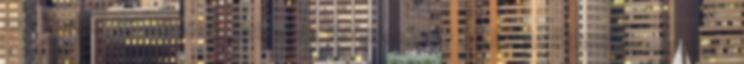
106 Szakképzési Minőségbiztosítási Keretrendszer SZMBK Az SZMBK koncepciója a